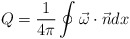
\begin{align*}Q = \frac{1}{4\pi}\oint\vec\omega\cdot\vec n d x\end{align*}